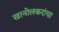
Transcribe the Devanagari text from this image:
खानोलकरांचा